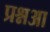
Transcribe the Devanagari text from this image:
प्रश्नआ